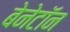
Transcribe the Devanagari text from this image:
बेनेटॉन